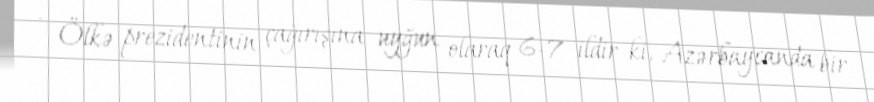
- Ölkə prezidentinin çağırışına uyğun olaraq 6-7 ildir ki, Azərbaycanda bir